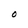
Character: O